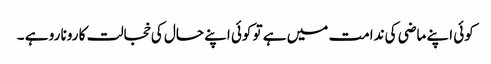
کوئی اپنے ماضی کی ندامت میں ہے تو کوئی اپنے حال کی خجالت کا رونا رو ہے ۔